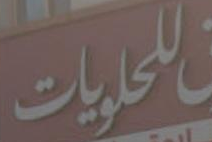
للحلويات